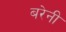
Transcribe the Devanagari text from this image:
बरेनी